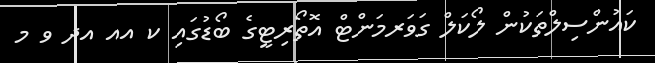
ކައުންސިލްތަކުން ލޯކަލް ގަވަރމަންޓް އޮތޯރިޓީގެ ބޯޑުގައި ކ އއ އދ ވ މ